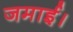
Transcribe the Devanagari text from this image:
जमाई।